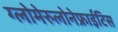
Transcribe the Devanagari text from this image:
ग्लोमेरुलोनेफ्राईटिस